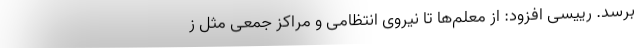
برسد. رییسی افزود: از معلم‌ها تا نیروی انتظامی و مراکز جمعی مثل ز